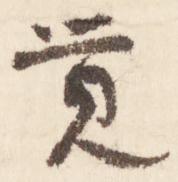
覚